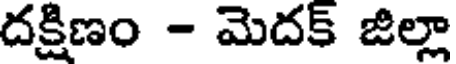
దక్షిణం - మెదక్ జిల్లా